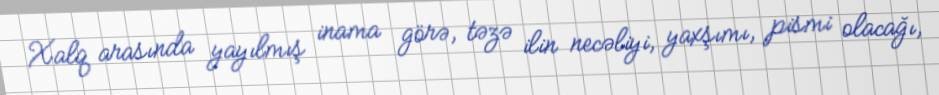
Xalq arasında yayılmış inama görə, təzə ilin necəliyi, yaxşımı, pismi olacağı,